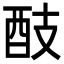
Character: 䣫